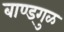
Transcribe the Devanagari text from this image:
बाण्ड्गुळ